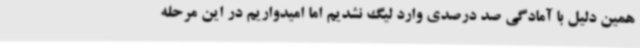
همین دلیل با آمادگی صد درصدی وارد لیگ نشدیم اما امیدواریم در این مرحله